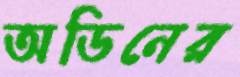
অডিনের